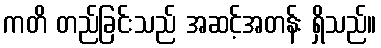
ကတိ တည်ခြင်းသည် အဆင့်အတန်း ရှိသည်။